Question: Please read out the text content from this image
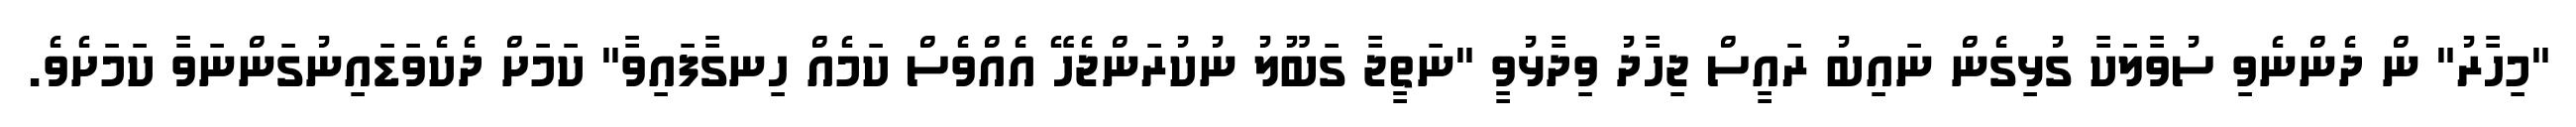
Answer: "މިހާރު" ން ދެންނެވި ސުވާލަކާ ގުޅިގެން ނައިބު ރައީސް ޖިހާދު ވިދާޅުވީ "ނަތީޖާ ގަބޫލު ނުކުރަންޖެހޭ އެއްވެސް ކަމެއް ހިނގާފައިވާ" ކަމަށް ދެކެވަޑައިނުގަންނަވާ ކަމަށެވެ.